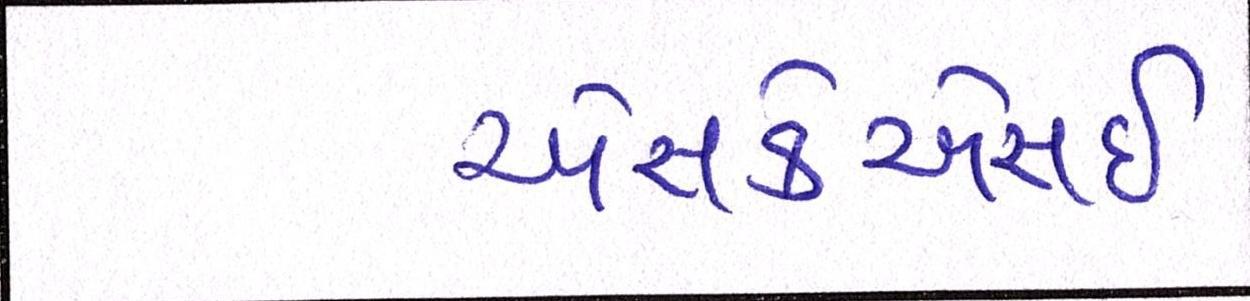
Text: એસકેએસઈ